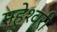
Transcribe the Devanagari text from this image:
महेश्‍वरी